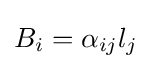
B_{i}=\alpha _{ij}l_{j}